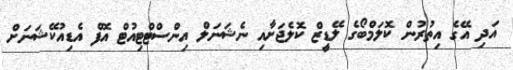
އަދި އޭގެ އިތުރުން ކޮލަމްބޯގެ ލޭޑީޒް ކޮލެޖަށާއި ނެޝަނަލް އިންސްޓްޓިިއުޓް އޮފް އެޑިއުކޭޝަނަށް